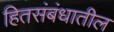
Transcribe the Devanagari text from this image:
हितसंबंधातील